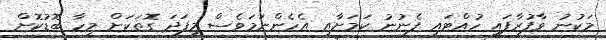
މަކުނު ވާފުރާފައި ހުއްޓައި ފެނުނު ކަމަށާއި އެހެންނަމަވެސް މިފަދަ ގޮތަކަށް މިހާ ބޮޑުކޮށް